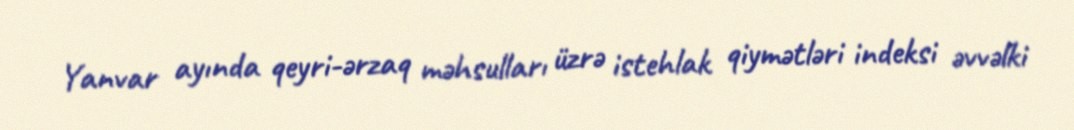
Yanvar ayında qeyri-ərzaq məhsulları üzrə istehlak qiymətləri indeksi əvvəlki